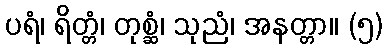
ပရံ၊ ရိတ္တံ၊ တုစ္ဆံ၊ သုညံ၊ အနတ္တာ။ (၅)